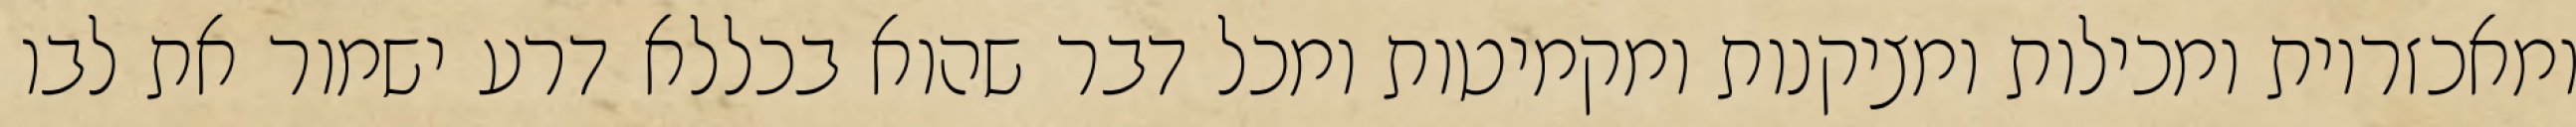
ומאכזריות ומכילות ומציקנות ומקמיטות ומכל דבר שהוא בכללא דרע ישמור את לבו